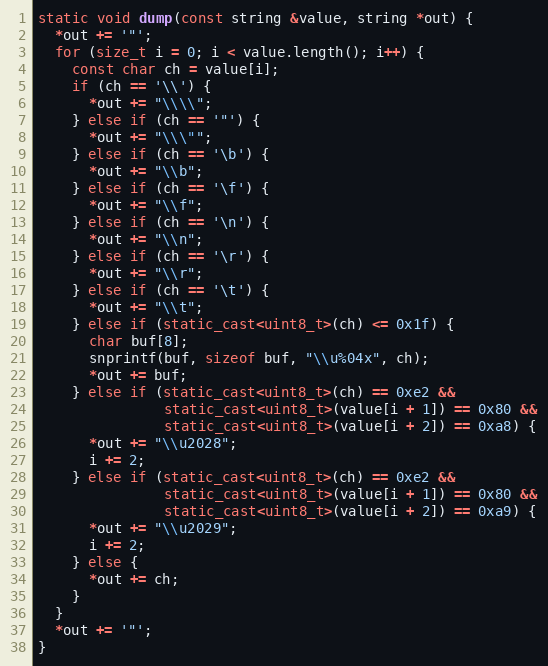
Language: C++
static void dump(const string &value, string *out) {
  *out += '"';
  for (size_t i = 0; i < value.length(); i++) {
    const char ch = value[i];
    if (ch == '\\') {
      *out += "\\\\";
    } else if (ch == '"') {
      *out += "\\\"";
    } else if (ch == '\b') {
      *out += "\\b";
    } else if (ch == '\f') {
      *out += "\\f";
    } else if (ch == '\n') {
      *out += "\\n";
    } else if (ch == '\r') {
      *out += "\\r";
    } else if (ch == '\t') {
      *out += "\\t";
    } else if (static_cast<uint8_t>(ch) <= 0x1f) {
      char buf[8];
      snprintf(buf, sizeof buf, "\\u%04x", ch);
      *out += buf;
    } else if (static_cast<uint8_t>(ch) == 0xe2 &&
               static_cast<uint8_t>(value[i + 1]) == 0x80 &&
               static_cast<uint8_t>(value[i + 2]) == 0xa8) {
      *out += "\\u2028";
      i += 2;
    } else if (static_cast<uint8_t>(ch) == 0xe2 &&
               static_cast<uint8_t>(value[i + 1]) == 0x80 &&
               static_cast<uint8_t>(value[i + 2]) == 0xa9) {
      *out += "\\u2029";
      i += 2;
    } else {
      *out += ch;
    }
  }
  *out += '"';
}